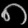
Digit: ၈